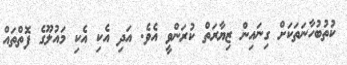
ކުތުބުހާނަތަކަށް ގިނައިން ޒިޔާރަތް ކުރަންވީ އެވެ. އަދި އެކި އެކި މައުލޫގެ ފޮތްތައް